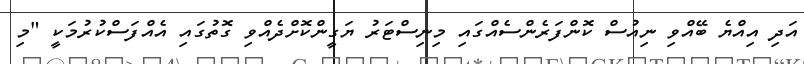
އަދި އިއްޔެ ބޭއްވި ނިއުސް ކޮންފަރެންސެއްގައި މިނިސްޓަރު ޔަގީންކޮށްދެއްވި ގޮތުގައި އެއްފަސްކުރުމަކީ "މި